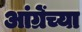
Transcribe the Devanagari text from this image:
आंग्रेंच्या